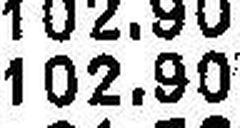
102.90